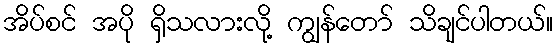
အိပ်စင် အပို ရှိသလားလို့ ကျွန်တော် သိချင်ပါတယ်။